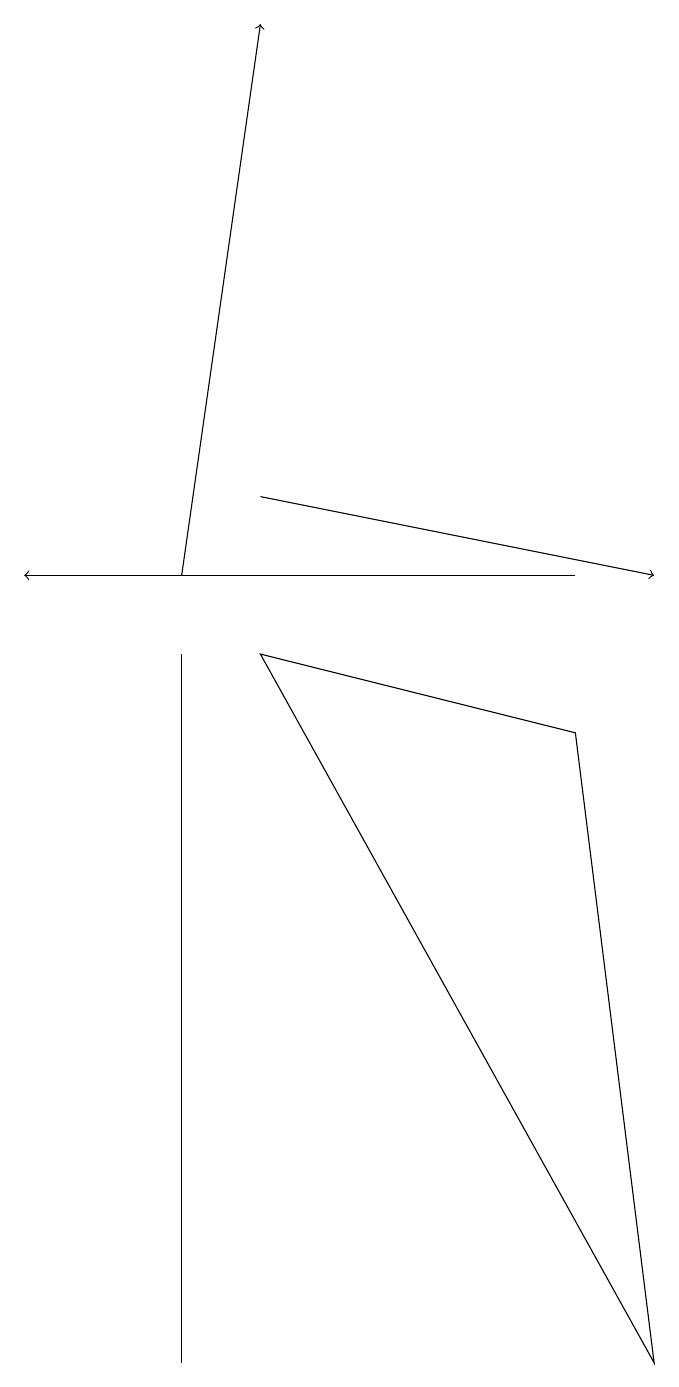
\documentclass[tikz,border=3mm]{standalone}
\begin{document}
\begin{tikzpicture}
\draw[->] (3,11) -- (8,10);
\draw (2,9) -- (2,6) -- (2,0) -- cycle;
\draw (8,0) -- (3,9) -- (7,8) -- cycle;
\draw[->] (7,10) -- (0,10);
\draw[->] (2,10) -- (3,17);
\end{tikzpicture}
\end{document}